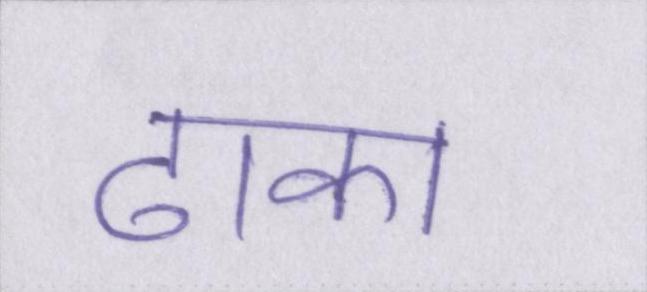
ढाका